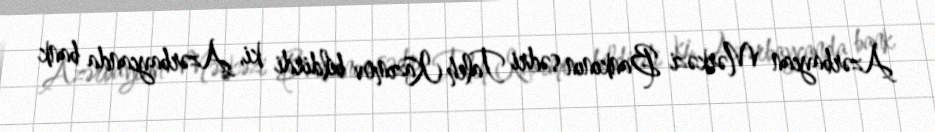
Azərbaycan Mərkəzi Bankının sədri Taleh Kazımov bildirdi ki, Azərbaycanda bank